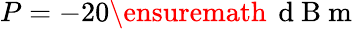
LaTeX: P=-20{\ensuremath{\, \mathrm{~d~B~m~}}}